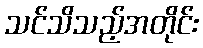
သင်သိသည့်အတိုင်း